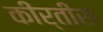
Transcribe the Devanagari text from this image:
कीर्तीस